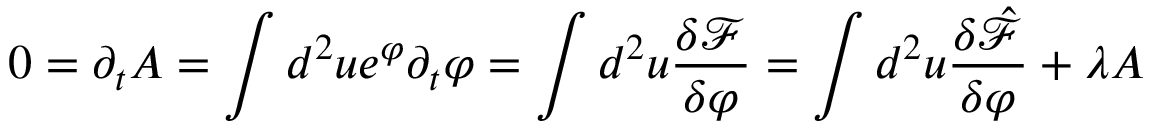
0 = \partial _ { t } A = \int d ^ { 2 } u e ^ { \varphi } \partial _ { t } \varphi = \int d ^ { 2 } u \frac { \delta \mathcal F } { \delta \varphi } = \int d ^ { 2 } u \frac { \delta \hat { \mathcal F } } { \delta \varphi } + \lambda A